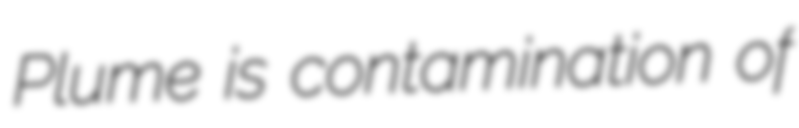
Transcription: Plume is contamination of